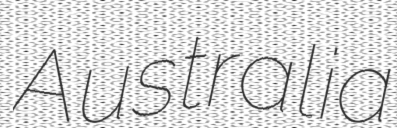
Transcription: Australia